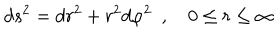
d s ^ { 2 } = d r ^ { 2 } + r ^ { 2 } d \varphi ^ { 2 } ~ ~ , ~ 0 \leq r \leq \infty